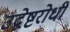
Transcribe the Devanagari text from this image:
उद्वेष्टरोधी